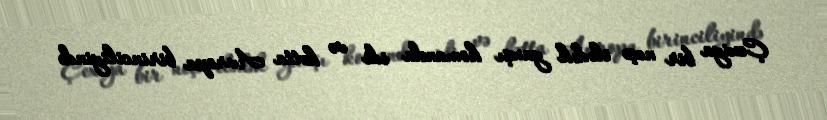
Çexiya bir neçə ilədək yaxşı komanda idi və hətta Avropa birinciliyində